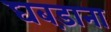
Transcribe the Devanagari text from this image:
घबड़ाना